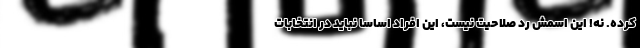
کرده. نه! این اسمش رد صلاحیت نیست، این افراد اساساً نباید در انتخابات